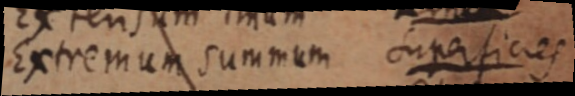
Extremum summum superficies